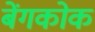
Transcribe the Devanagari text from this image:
बेंगकोक